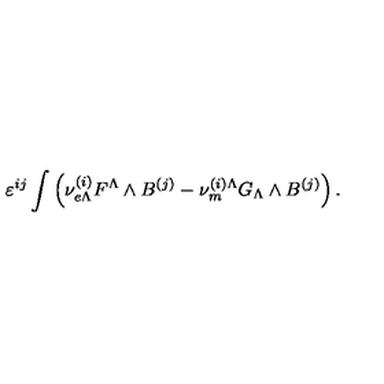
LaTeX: \varepsilon ^ { i j } \int \left( { \nu } _ { e \Lambda } ^ { ( i ) } F ^ { \Lambda } \wedge B ^ { ( j ) } - { \nu } _ { m } ^ { ( i ) \Lambda } G _ { \Lambda } \wedge B ^ { ( j ) } \right) .